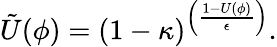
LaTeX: \tilde{U}(\phi)=(1-\kappa)^{\left(\frac{1-U(\phi)}{\epsilon}\right)}.